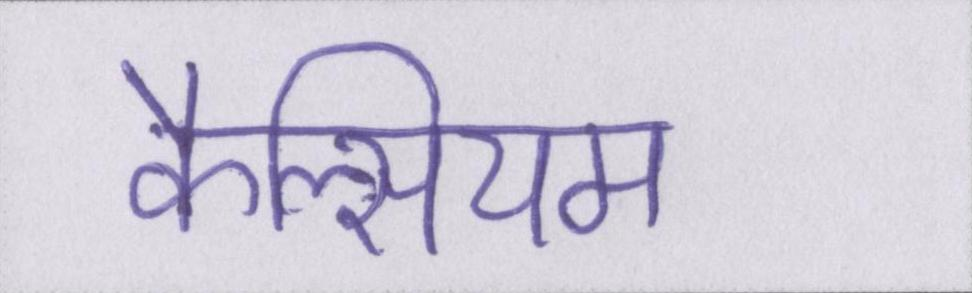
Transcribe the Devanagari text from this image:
कैल्सियम